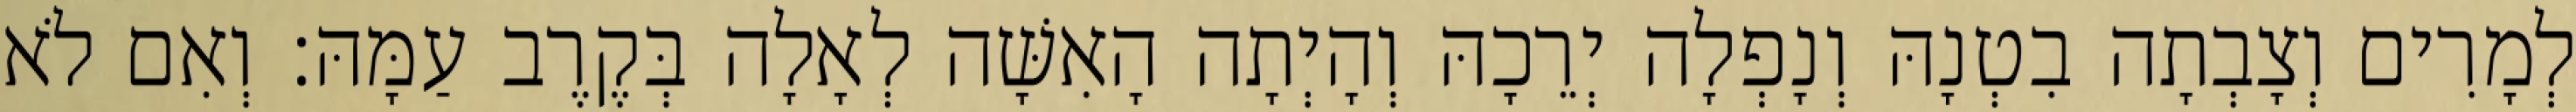
לְמָרִים וְצָבְתָה בִטְנָהּ וְנָפְלָה יְרֵכָהּ וְהָיְתָה הָאִשָּׁה לְאָלָה בְּקֶרֶב עַמָּהּ׃ וְאִם לֹא